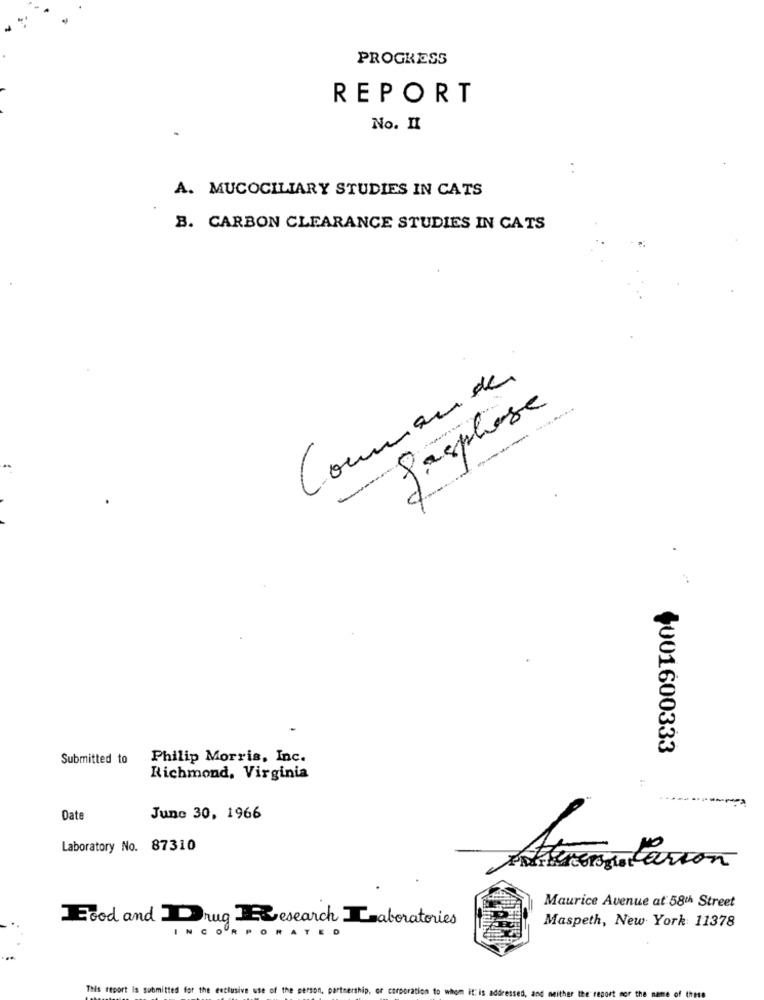
PROGRESS
REPORT
No. II
A. MUCOCILIARY STUDIES IN CATS
B. CARBON CLEARANCE STUDIES IN CATS
Commander
Pasphase
+001600333
Submitted to
Philip Morris, Inc.
Richmond, Virginia
Date
June 30, 1966
Laboratory No. 87310
-
Akwong, Carton
Maurice Avenue at 58th Street
Food and Drug Research Laboratories
Maspeth, New York 11378
INCOORP
ORATED
This report Is submitted for the exclusive use of the person, partnership, or corporation to whom it: is addressed, and neither the report